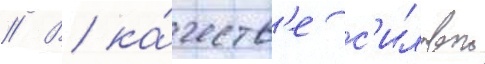
// В ка́честв'е с'иловои